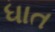
ધાત